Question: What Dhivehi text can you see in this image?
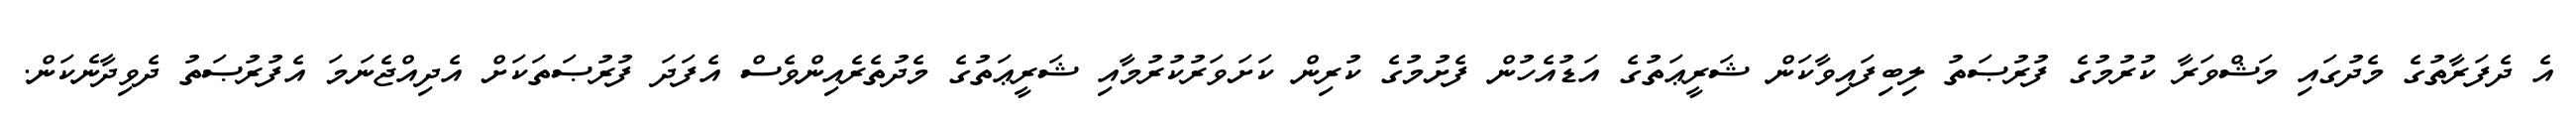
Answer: އެ ދެފަރާތުގެ މެދުގައި މަޝްވަރާ ކުރުމުގެ ފުރުޞަތު ލިބިފައިވާކަން ޝަރީޢަތުގެ އަޑުއެހުން ފެށުމުގެ ކުރިން ކަށަވަރުކުރުމާއި ޝަރީޢަތުގެ މެދުތެރެއިންވެސް އެފަދަ ފުރުޞަތަކަށް އެދިއްޖެނަމަ އެފުރުޞަތު ދެވިދާނެކަން.